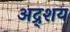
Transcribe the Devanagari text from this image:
अद्र्शय